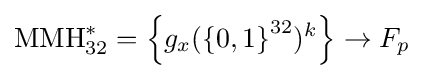
\mathrm {MMH} _{32}^{*}=\left\{g_{x}(\left\{0,1\right\}^{32})^{k}\right\}\to F_{p}